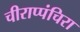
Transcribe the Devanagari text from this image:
चीराप्पंचिरा